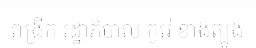
ពង្រីក រដ្ឋាភិបាល កូរ៉េ ខាងត្បូង